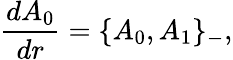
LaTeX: \frac{dA_{0}}{dr}=\{ A_{0},A_{1}\} _{-},